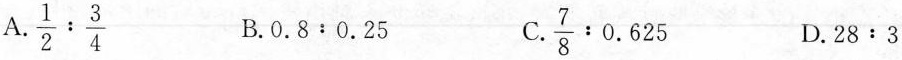
A.$$\frac { 1 } { 2 } : \frac { 3 } { 4 }$$ B.$$0 . 8 : 0 . 2 5$$ C.$$\frac { 7 } { 8 } : 0 . 6 2 5$$ D.$$2 8 : 3$$